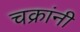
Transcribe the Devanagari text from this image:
चक्रांनी